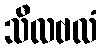
သီလဗလံ